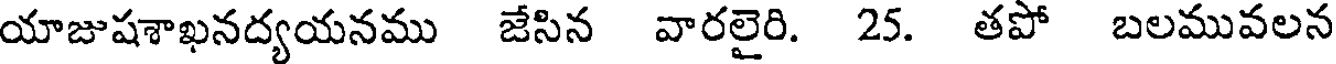
యాజుషశాఖనద్యయనము జేసిన వారలైరి. 25. తపో బలమువలన